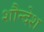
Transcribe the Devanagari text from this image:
शौन्देश